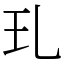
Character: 玌